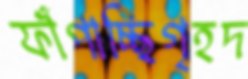
ফাঁপাচ্ছিগৃহদ